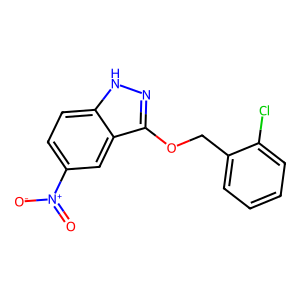
SMILES: O=[N+]([O-])c1ccc2[nH]nc(OCc3ccccc3Cl)c2c1
Inhibits HIV replication: No